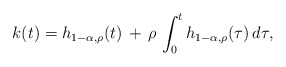
\begin{align*}k(t) = h_{1-\alpha,\rho}(t) \, +\, \rho\, \int_0^t h_{1-\alpha,\rho}(\tau)\, d\tau,\end{align*}